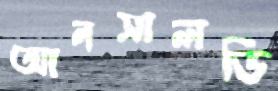
আনসালডি